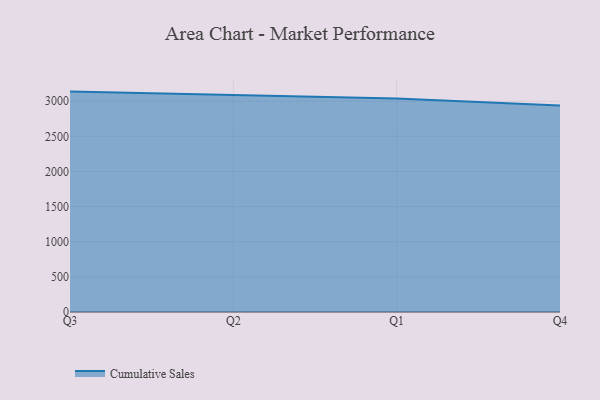
{"axis": {"x": "Quarter", "y": "Temperature (°C)"}, "legend": ["Cumulative Sales"], "data": [{"x": "Q3", "y": 3137.1, "type": "Cumulative Sales"}, {"x": "Q2", "y": 3088.2, "type": "Cumulative Sales"}, {"x": "Q1", "y": 3038.5, "type": "Cumulative Sales"}, {"x": "Q4", "y": 2940.9, "type": "Cumulative Sales"}]}